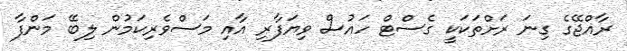
ރާއްޖޭގެ ގިނަ ރަށްތަކަކީ ގެސްޓް ހައުސް ވިޔަފާރި އާއި މަސްވެރިކަމުން ލިބޭ މަންފާ